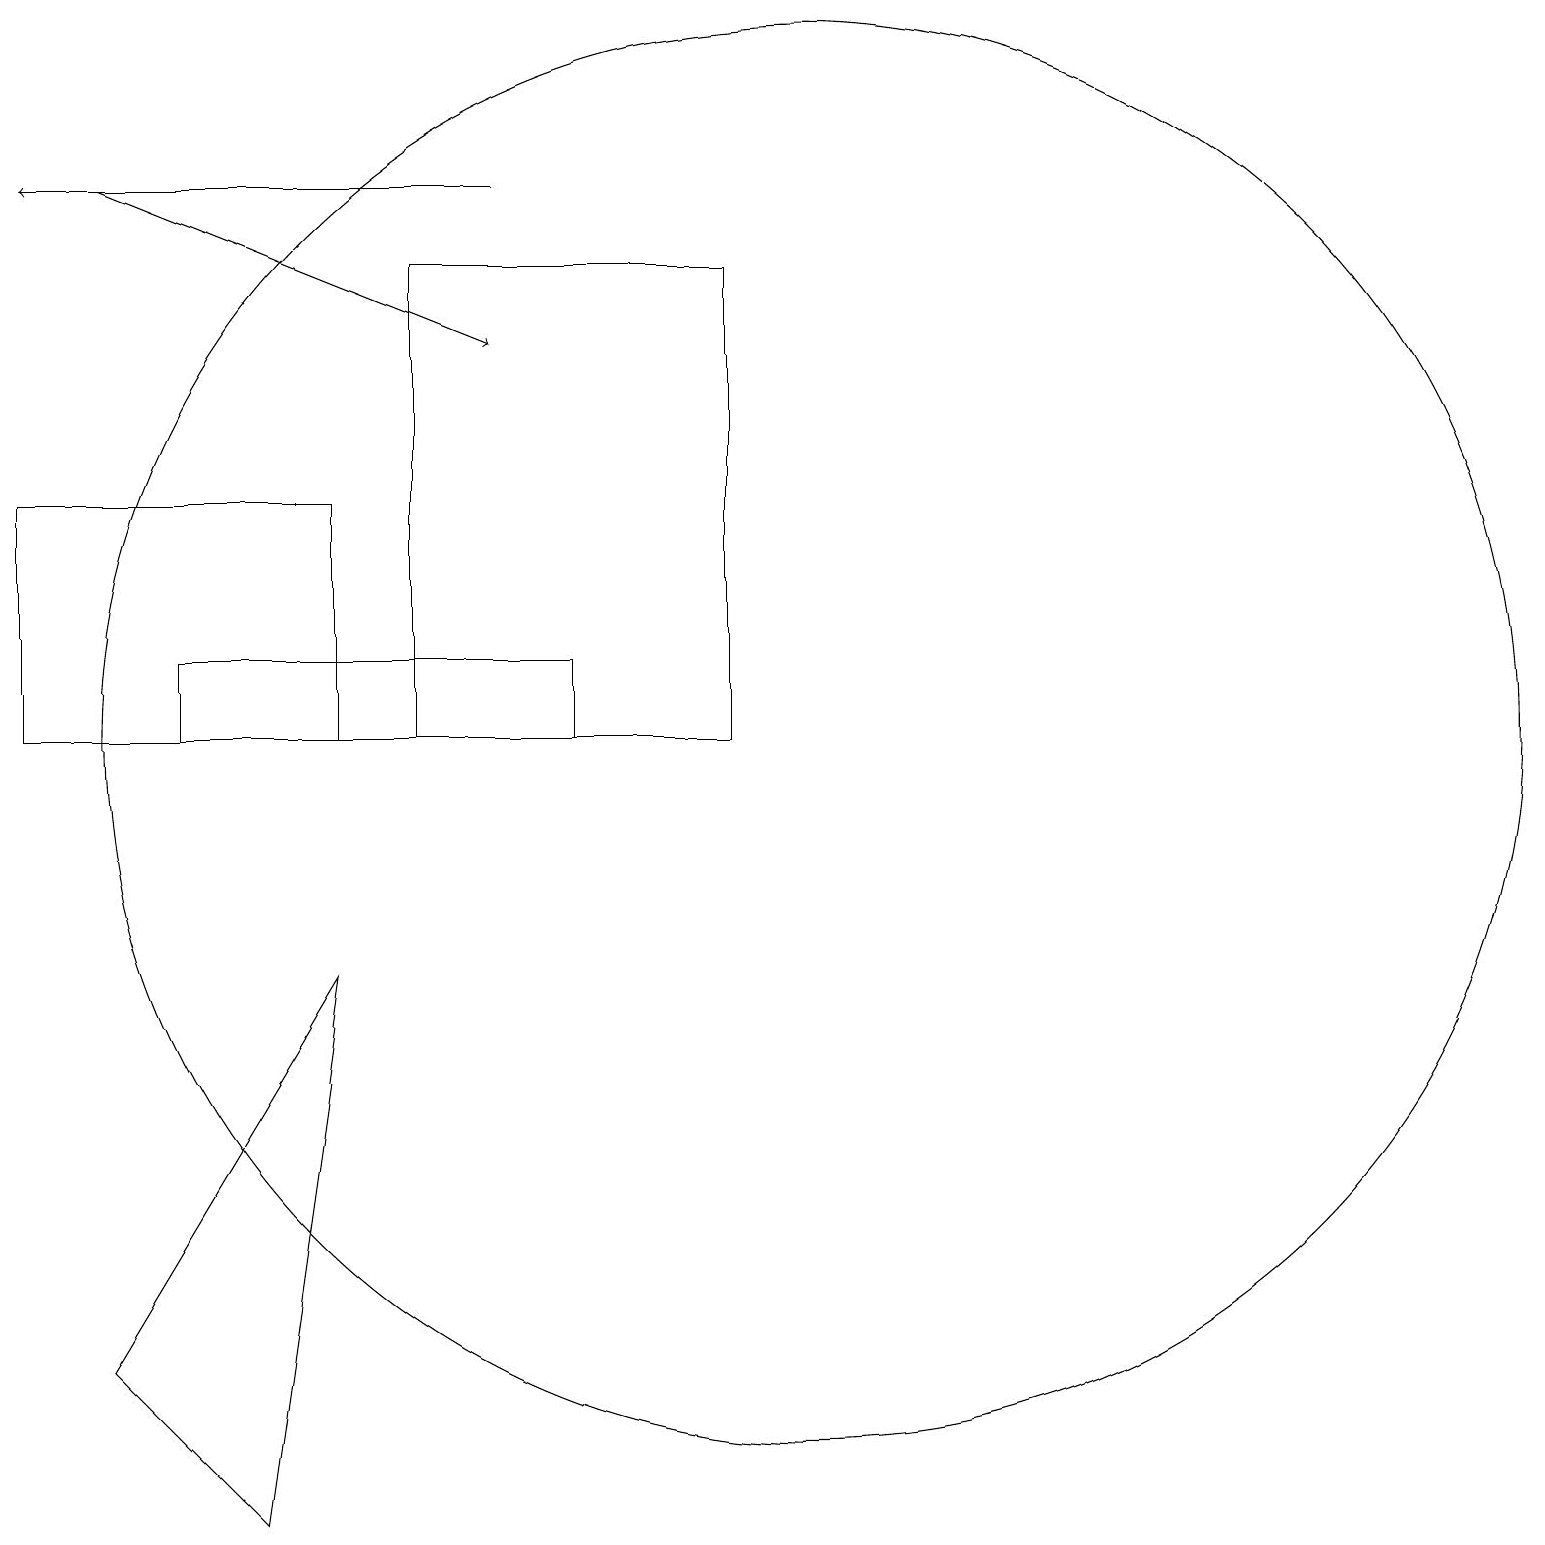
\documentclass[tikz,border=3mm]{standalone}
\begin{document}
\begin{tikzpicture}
\draw (4,11) rectangle (0,14);
\draw (3,1) -- (1,3) -- (4,8) -- cycle;
\draw (7,12) rectangle (2,11);
\draw (10,11) circle (9);
\draw[->] (1,18) -- (6,16);
\draw (9,11) rectangle (5,17);
\draw[->] (6,18) -- (0,18);
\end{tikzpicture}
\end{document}